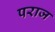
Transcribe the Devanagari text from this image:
पराज